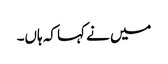
میں نے کہا کہ ہاں۔